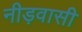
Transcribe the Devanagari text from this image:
नीड़वासी